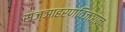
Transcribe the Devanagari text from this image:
संज्ञाहरणविज्ञान